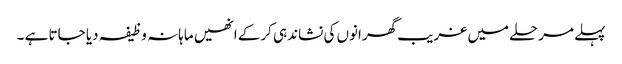
پہلے مرحلے میں غریب گھرانوں کی نشاندہی کرکے انھیں ماہانہ وظیفہ دیا جاتا ہے ۔